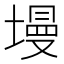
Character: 墁